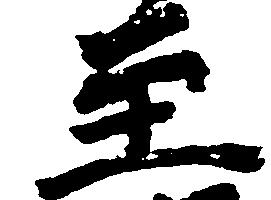
至